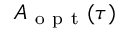
A _ { \mathrm { ~ o ~ p ~ t ~ } } ( \tau )